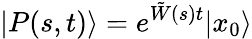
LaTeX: |P(s,t)\rangle=e^{\tilde{W}(s)t}|x_{0}\rangle